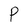
Character: P